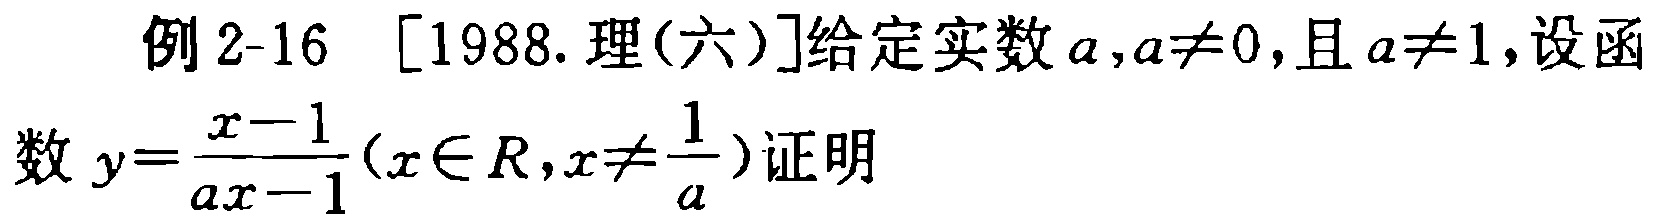
例2-16 [1988.理(六)]给定实数\(a,a\neq0\)，且\(a\neq1\)，设函数\(y = \frac{x - 1}{ax - 1}(x\in R,x\neq\frac{1}{a})\)证明